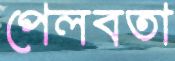
পেলবতা